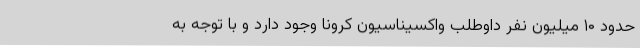
حدود ۱۰ میلیون نفر داوطلب واکسیناسیون کرونا وجود دارد و با توجه به